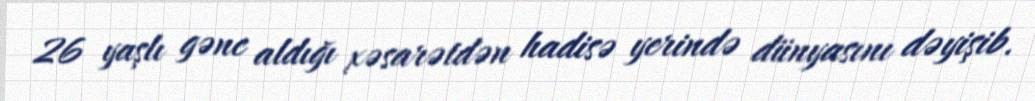
26 yaşlı gənc aldığı xəsarətdən hadisə yerində dünyasını dəyişib.